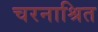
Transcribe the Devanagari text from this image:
चरनाश्रित